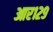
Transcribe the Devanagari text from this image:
आर१२९